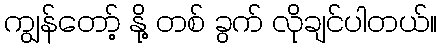
ကျွန်တော့် နို့ တစ် ခွက် လိုချင်ပါတယ်။